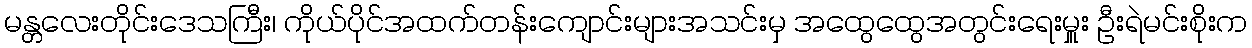
မန္တလေးတိုင်းဒေသကြီး၊ ကိုယ်ပိုင်အထက်တန်းကျောင်းများအသင်းမှ အထွေထွေအတွင်းရေးမှူး ဦးရဲမင်းစိုးက